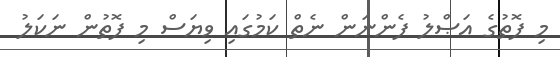
މި ފޮތުގެ އަޞްލު ފެންނަން ނެތް ކަމުގައި ވިޔަސް މި ފޮތުން ނަކަލު